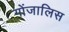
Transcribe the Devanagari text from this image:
गोंजालिस